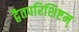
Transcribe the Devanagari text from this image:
द्वैतपरिशिष्टम्